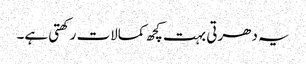
یہ دھرتی بہت کچھ کمالات رکھتی ہے۔